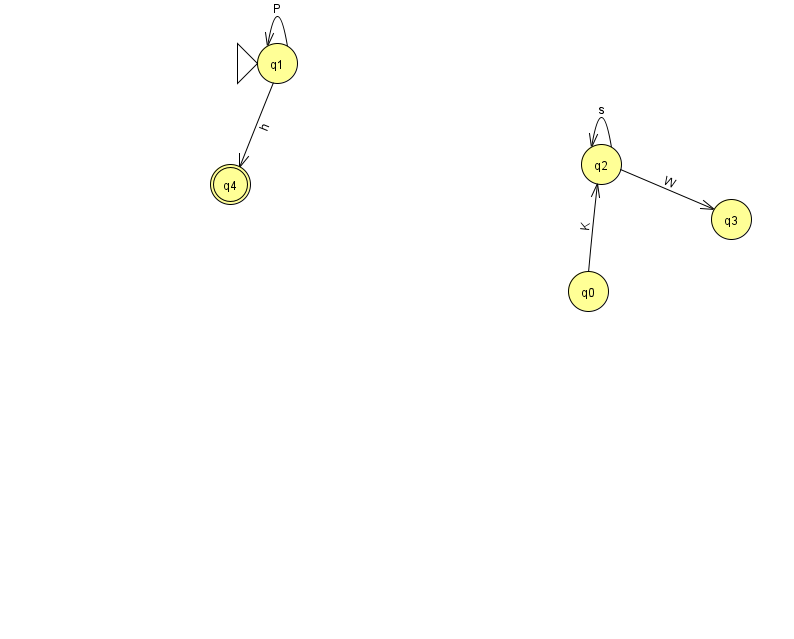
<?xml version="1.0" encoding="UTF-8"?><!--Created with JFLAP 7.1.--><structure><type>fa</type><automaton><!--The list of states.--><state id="0" name="q0"><x>588.0</x><y>278.0</y></state><state id="1" name="q1"><x>277.0</x><y>50.0</y><initial/></state><state id="2" name="q2"><x>601.0</x><y>151.0</y></state><state id="3" name="q3"><x>731.0</x><y>206.0</y></state><state id="4" name="q4"><x>230.0</x><y>171.0</y><final/></state><!--The list of transitions.--><transition><from>1</from><to>1</to><read>P</read></transition><transition><from>0</from><to>2</to><read>K</read></transition><transition><from>2</from><to>2</to><read>s</read></transition><transition><from>1</from><to>4</to><read>h</read></transition><transition><from>2</from><to>3</to><read>W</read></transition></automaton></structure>